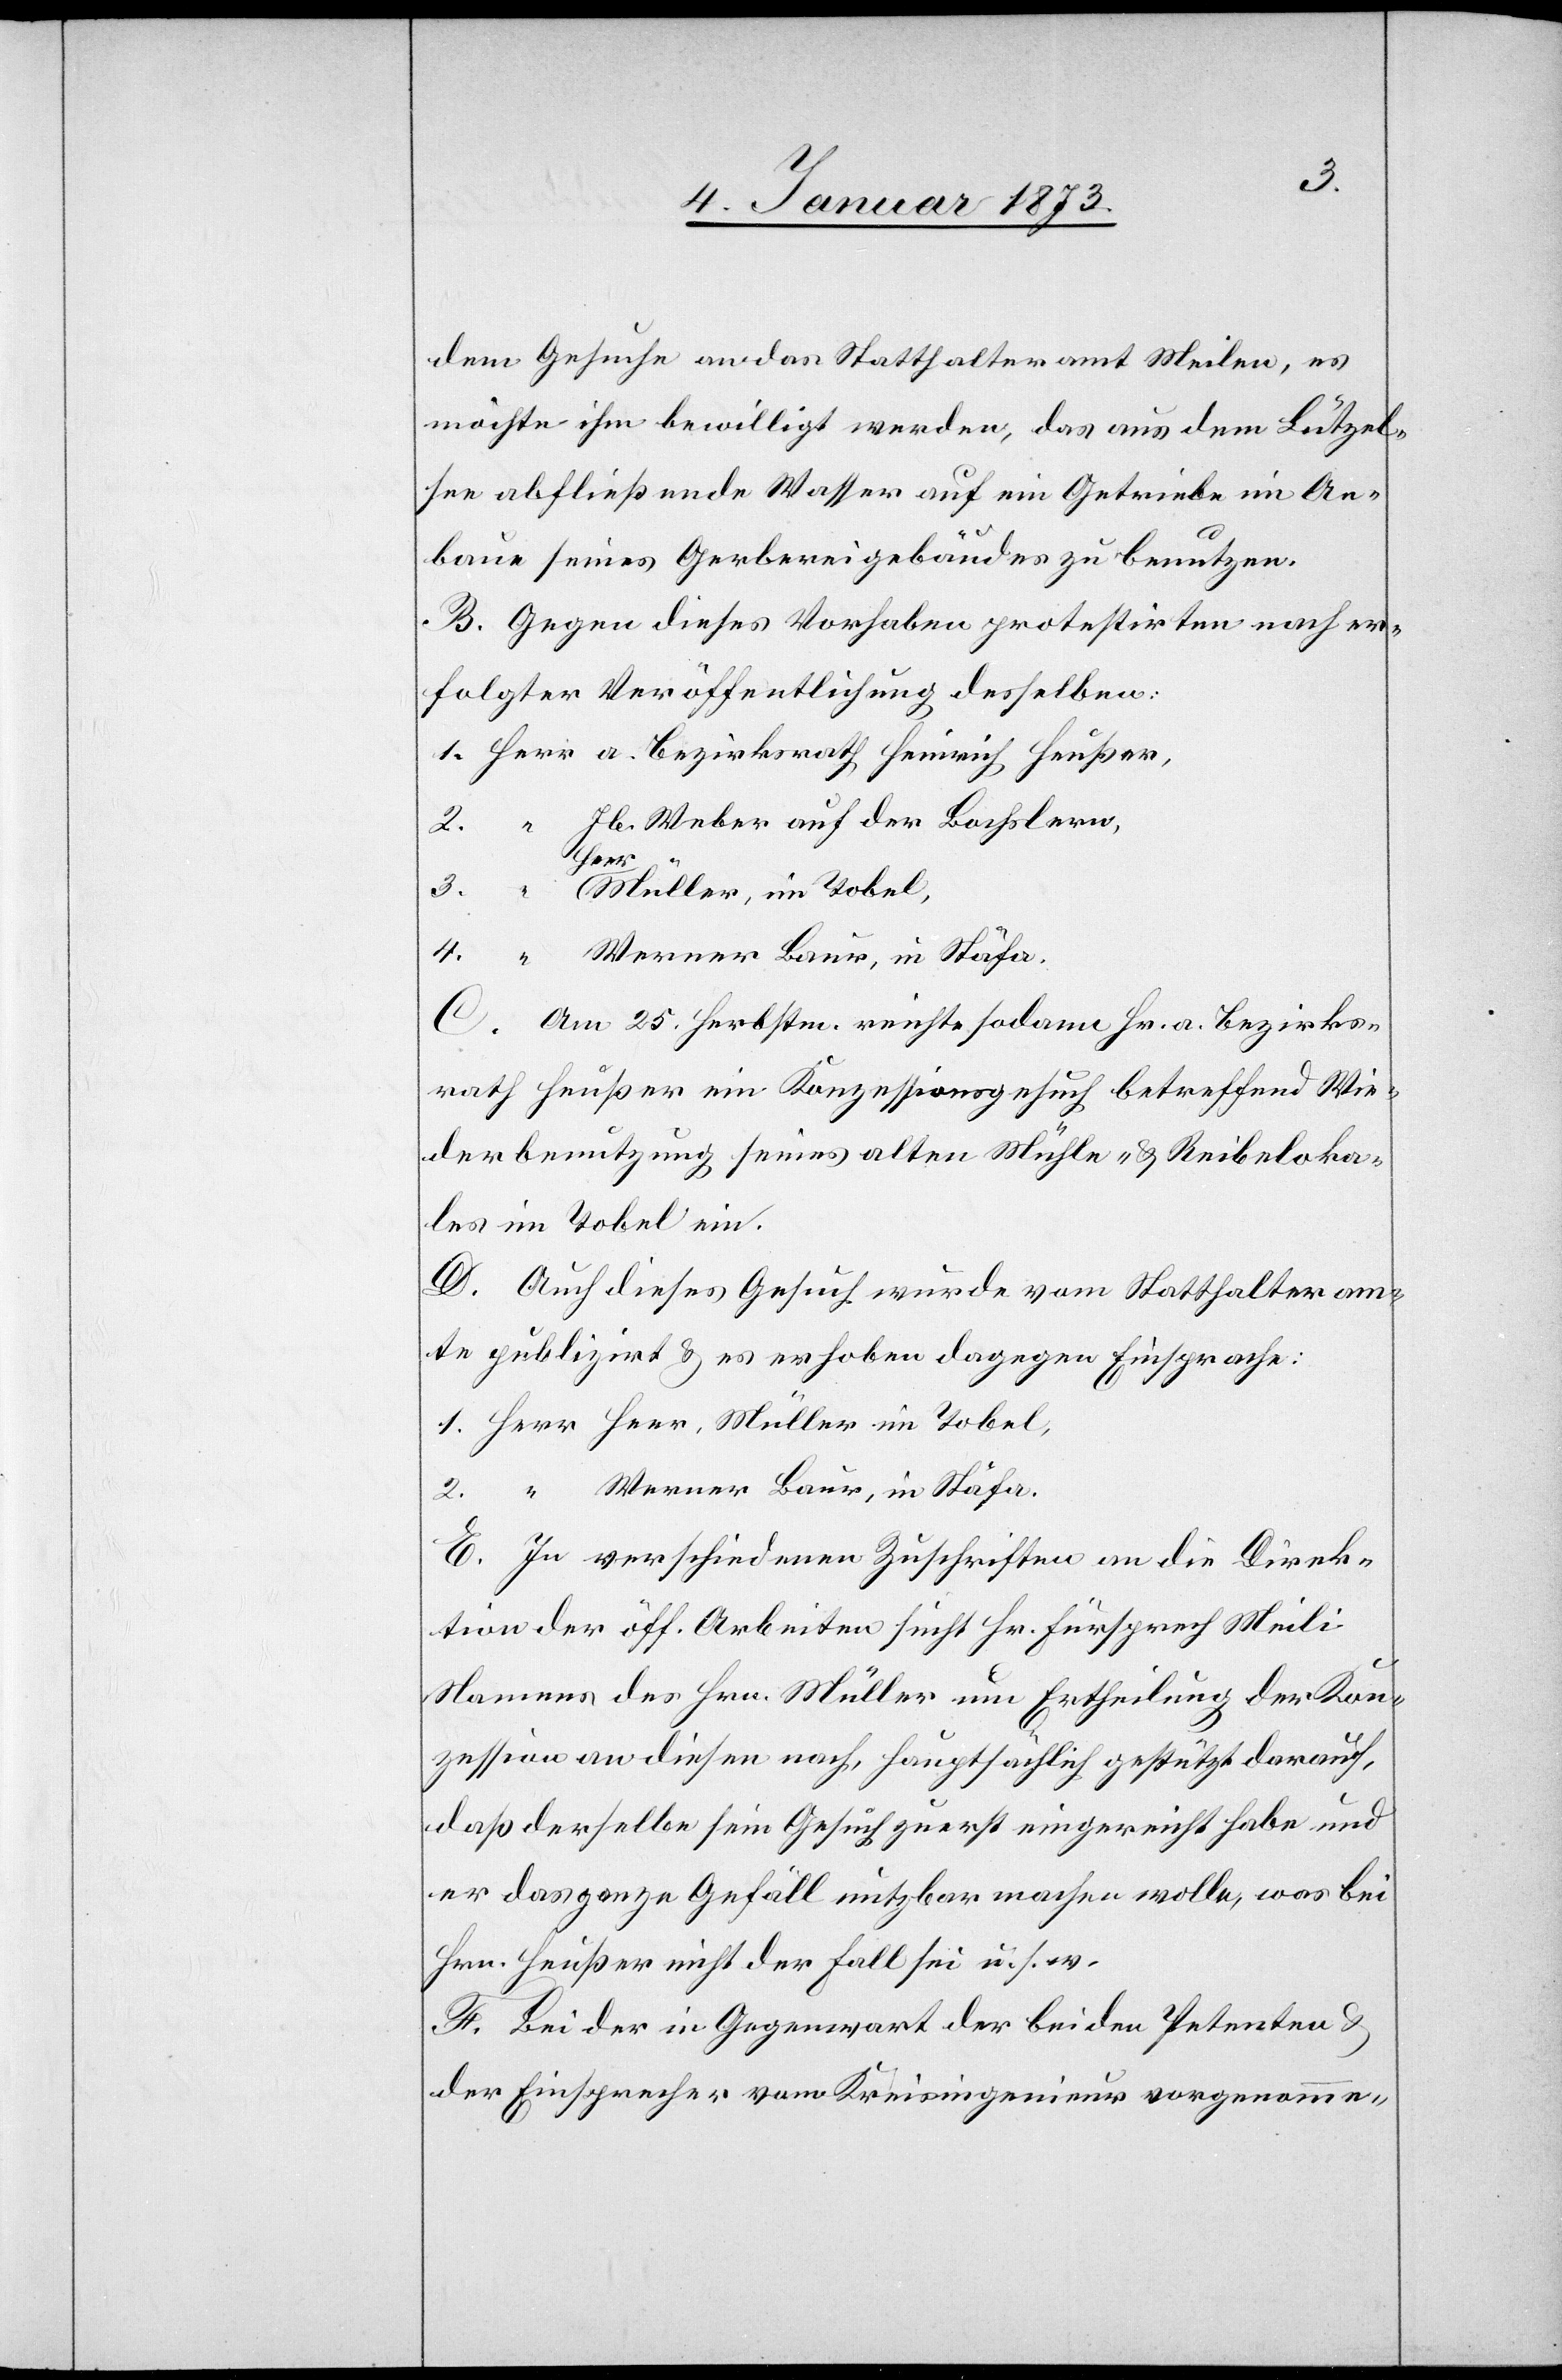
dem Gesuche an das Statthalteramt Meilen, es
möchte ihm bewilligt werden, das aus dem Lützel¬
see abfließende Wasser auf ein Getriebe im An¬
bau seines Gerbereigebäudes zu benutzen.
B. Gegen dieses Vorhaben protestirten nach er¬
folgter Veröffentlichung desselben:
1. Herr a. Bezirksrath Heinrich Heußer,
2. “ Jb. Weber auf der Bochslern,
3. “ Herr Müller, im Tobel,
4. “ Werner Baur, in Stäfa.
C. Am 25. Herbstm. reichte sodann Hr. a. Bezirks¬
rath Heußer ein Konzessionsgesuch betreffend Wie¬
derbenutzung seines alten Mühle- u Reibeloka¬
les im Tobel ein.
D. Auch dieses Gesuch wurde vom Statthalteram¬
te publizirt u. es erhoben dagegen Einsprache:
1. Herr Heer, Müller im Tobel,
2. “ Werner Baur, in Stäfa.
E. In verschiedenen Zuschriften an die Direk¬
tion der öff. Arbeiten sucht Hr. Fürsprech Meili
Namens des Hrn. Müller um Ertheilung der Kon¬
zession an diesen nach, hauptsächlich gestützt darauf,
daß derselbe sein Gesuch zuerst eingereicht habe und
er das ganze Gefäll nutzbar machen wolle, was bei
Hrn. Heußer nicht der Fall sei u. s. w.
F. Bei der in Gegenwart der beiden Petenten u.
der Einsprecher vom Kreisingenieur vorgenomme-